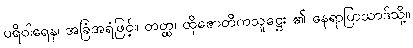
ပရိဝါရေန၊ အခြံအရံဖြင့်။ တတ္ထ၊ ထိုဇောတိကသူဋ္ဌေး ၏ နေရာပြာသာဒ်သို့။